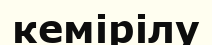
кемірілу